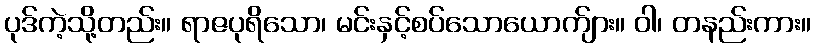
ပုဒ်ကဲ့သို့တည်း။ ရာဇပုရိသော၊ မင်းနှင့်စပ်သောယောက်ျား။ ဝါ၊ တနည်းကား။